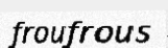
froufrous